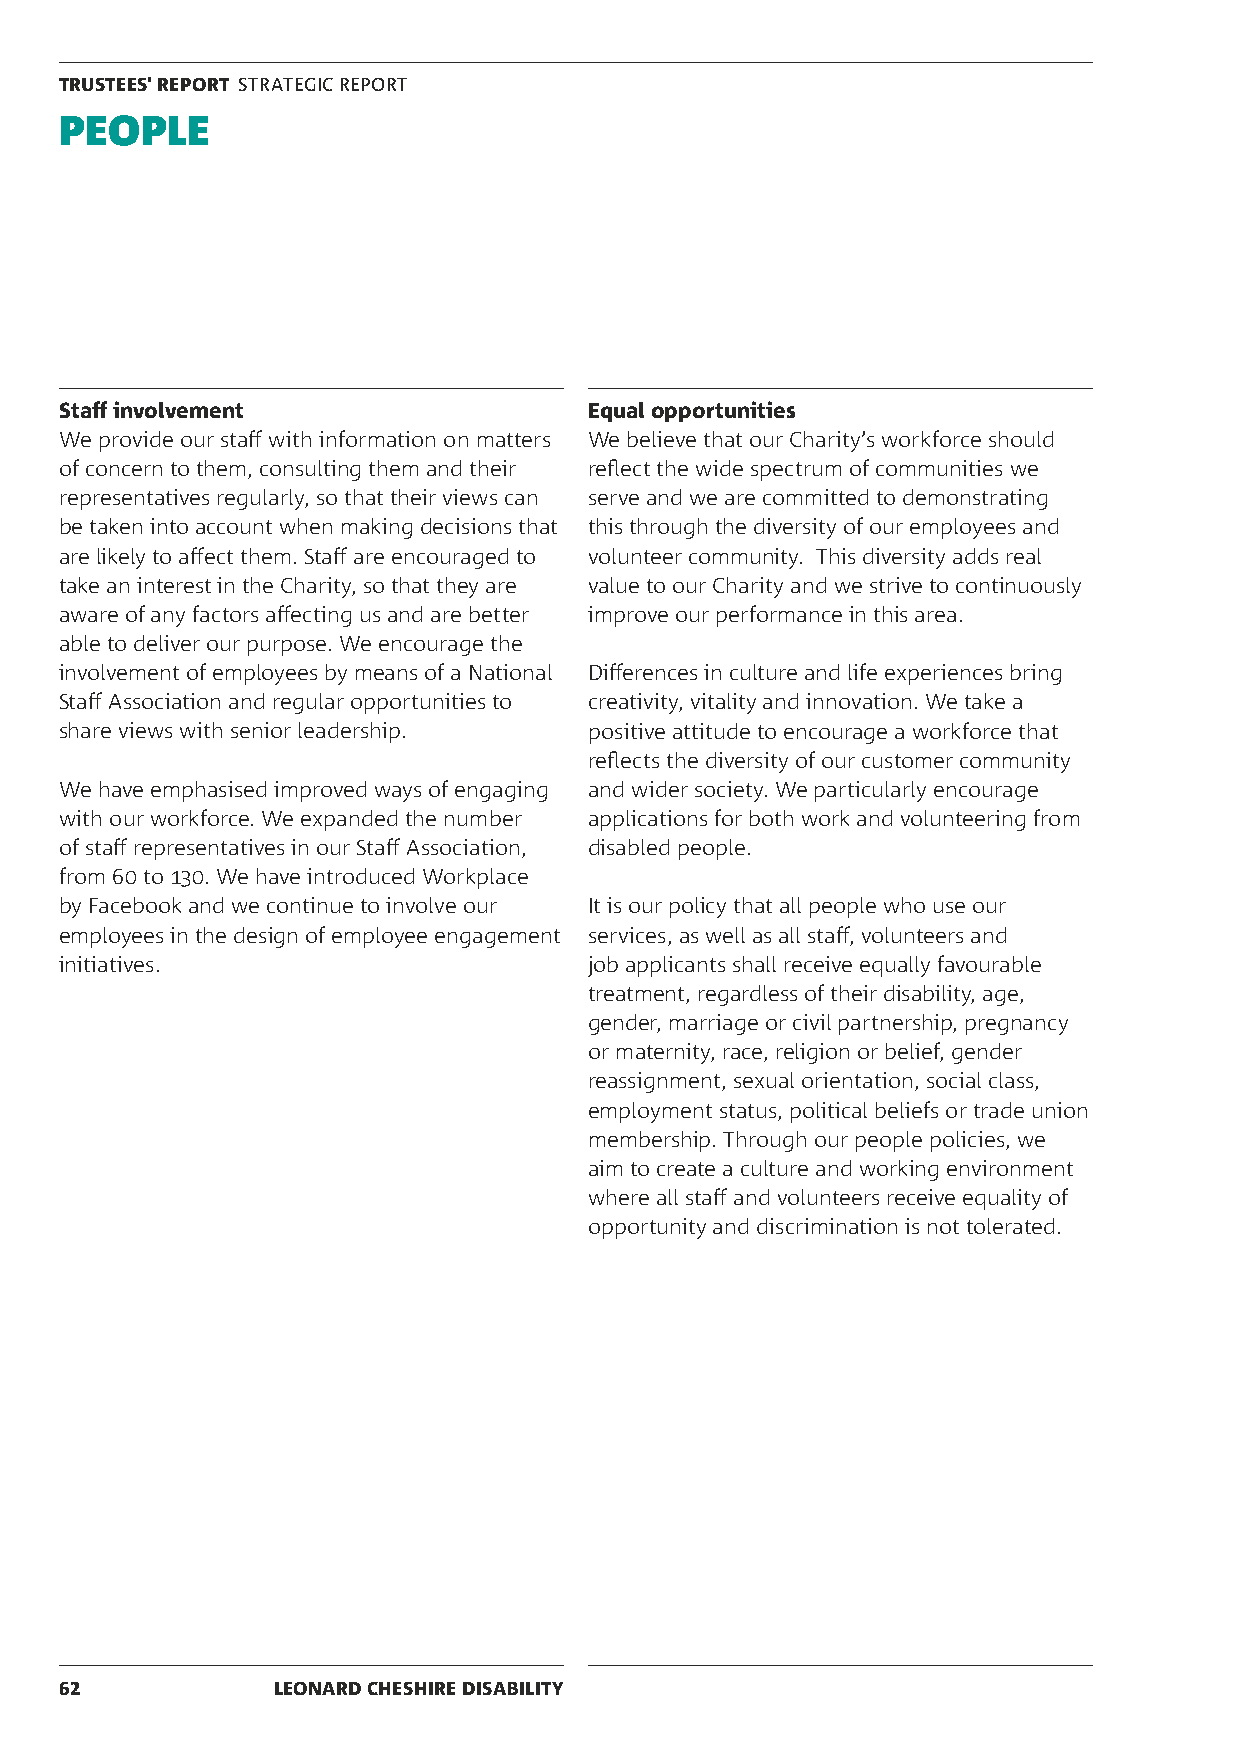
TRUSTEES' REPORT STRATEGIC REPORT
 PEOPLE
 Staff involvement                  Equal opportunities
 We provide our staff with information on matters We believe that our Charity’s workforce should
 of concern to them, consulting them and their reflect the wide spectrum of communities we
 representatives regularly, so that their views can serve and we are committed to demonstrating
 be taken into account when making decisions that this through the diversity of our employees and
 are likely to affect them. Staff are encouraged to volunteer community. This diversity adds real
 take an interest in the Charity, so that they are value to our Charity and we strive to continuously
 aware of any factors affecting us and are better improve our performance in this area.
 able to deliver our purpose. We encourage the
 involvement of employees by means of a National Differences in culture and life experiences bring
 Staff Association and regular opportunities to creativity, vitality and innovation. We take a
 share views with senior leadership. positive attitude to encourage a workforce that
 reflects the diversity of our customer community
 We have emphasised improved ways of engaging and wider society. We particularly encourage
 with our workforce. We expanded the number applications for both work and volunteering from
 of staff representatives in our Staff Association, disabled people.
 from 60 to 130. We have introduced Workplace
 by Facebook and we continue to involve our It is our policy that all people who use our
 employees in the design of employee engagement services, as well as all staff, volunteers and
 initiatives.                       job applicants shall receive equally favourable
 treatment, regardless of their disability, age,
 gender, marriage or civil partnership, pregnancy
 or maternity, race, religion or belief, gender
 reassignment, sexual orientation, social class,
 employment status, political beliefs or trade union
 membership. Through our people policies, we
 aim to create a culture and working environment
 where all staff and volunteers receive equality of
 opportunity and discrimination is not tolerated.
 62            LEONARD CHESHIRE DISABILITY